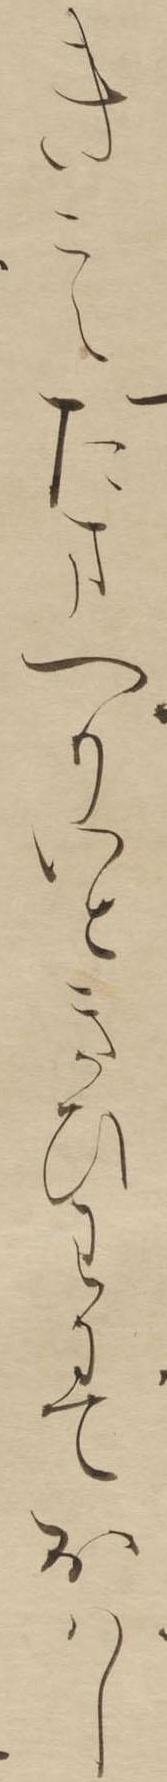
きこえたまへりいときひはにておはし